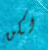
لكن